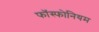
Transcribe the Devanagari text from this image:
फॉस्फोनियम